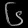
Digit: ၆